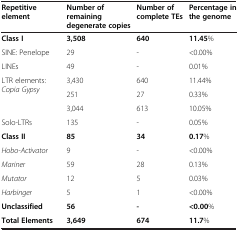
<table><thead><tr><td><b>Repetitive element</b></td><td><b>Number of remaining degenerate copies</b></td><td><b>Number of complete TEs</b></td><td><b>Percentage in the genome</b></td></tr></thead><tbody><tr><td><b>Class I</b></td><td><b>3,508</b></td><td><b>640</b></td><td><b>11.45</b>%</td></tr><tr><td>SINE: Penelope</td><td>29</td><td>-</td><td>&lt;0.00%</td></tr><tr><td>LINEs</td><td>49</td><td>-</td><td>0.01%</td></tr><tr><td rowspan="3">LTR elements: <i>Copia Gypsy</i></td><td>3,430</td><td>640</td><td>11.44%</td></tr><tr><td>251</td><td>27</td><td>0.33%</td></tr><tr><td>3,044</td><td>613</td><td>10.05%</td></tr><tr><td>Solo-LTRs</td><td>135</td><td>-</td><td>0.05%</td></tr><tr><td><b>Class II</b></td><td><b>85</b></td><td><b>34</b></td><td><b>0.17</b>%</td></tr><tr><td><i>Hobo-Activator</i></td><td>9</td><td>-</td><td>&lt;0.00%</td></tr><tr><td><i>Mariner</i></td><td>59</td><td>28</td><td>0.13%</td></tr><tr><td><i>Mutator</i></td><td>12</td><td>5</td><td>0.03%</td></tr><tr><td><i>Harbinger</i></td><td>5</td><td>1</td><td>&lt;0.00%</td></tr><tr><td><b>Unclassified</b></td><td><b>56</b></td><td><b>-</b></td><td><b>&lt;0.00</b>%</td></tr><tr><td><b>Total Elements</b></td><td><b>3,649</b></td><td><b>674</b></td><td><b>11.7</b>%</td></tr></tbody></table>